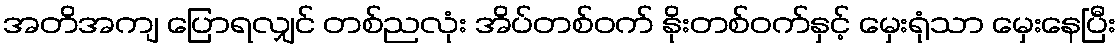
အတိအကျ ပြောရလျှင် တစ်ညလုံး အိပ်တစ်ဝက် နိုးတစ်ဝက်နှင့် မှေးရုံသာ မှေးနေပြီး